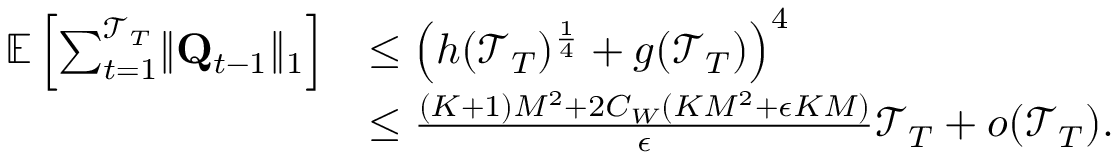
\begin{array} { r l } { \mathbb E \left[ \sum _ { t = 1 } ^ { \mathcal T _ { T } } \lVert \mathbf Q _ { t - 1 } \rVert _ { 1 } \right] } & { \le \left( h ( \mathcal T _ { T } ) ^ { \frac 1 4 } + g ( \mathcal T _ { T } ) \right) ^ { 4 } } \\ & { \le \frac { ( K + 1 ) M ^ { 2 } + 2 C _ { W } ( K M ^ { 2 } + \epsilon K M ) } \epsilon \mathcal T _ { T } + o ( \mathcal T _ { T } ) . } \end{array}